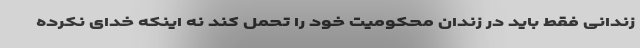
زندانی فقط باید در زندان محکومیت خود را تحمل کند نه اینکه خدای نکرده